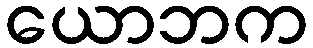
ယောဘက